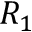
R _ { 1 }